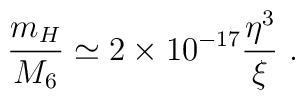
\frac{m_H}{M_6} \simeq 2 \times 10^{-17} \frac{\eta^3}{\xi}~.